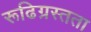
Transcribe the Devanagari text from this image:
रूढिग्रस्तता